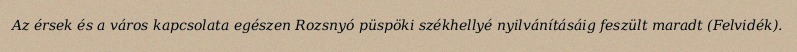
Az érsek és a város kapcsolata egészen Rozsnyó püspöki székhellyé nyilvánításáig feszült maradt (Felvidék).